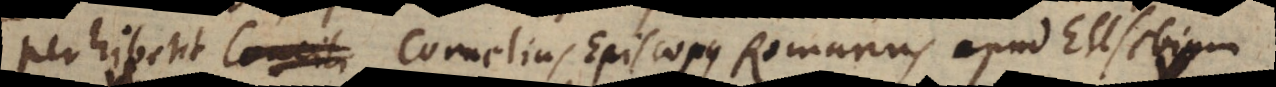
perhibent Concili Cornelius Episcopus Romanus apud Eusebium